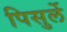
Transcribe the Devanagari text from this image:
पिसुर्ले